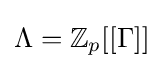
\Lambda =\mathbb {Z} _{p}[[\Gamma ]]